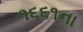
૧૬૬૧ના